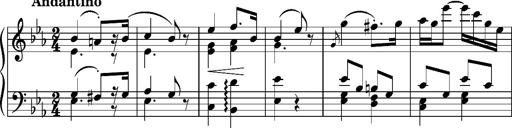
Title: Andantino pour Emile et Charlotte Loudon
Composer: Franz Liszt
Key: E-flat major